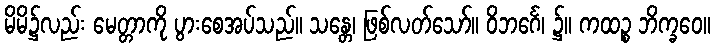
မိမိ၌လည်း မေတ္တာကို ပွားစေအပ်သည်။ သန္တေ၊ ဖြစ်လတ်သော်။ ဝိဘင်္ဂေ၊ ၌။ ကထဉ္စ ဘိက္ခဝေ။